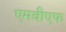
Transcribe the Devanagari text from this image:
एमवीएफ